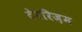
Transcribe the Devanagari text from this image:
टेररिज़म